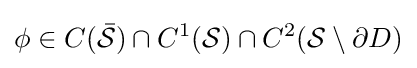
\phi \in C({\bar {\mathcal {S}}})\cap C^{1}({\mathcal {S}})\cap C^{2}({\mathcal {S}}\setminus \partial D)